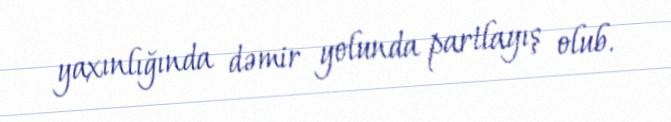
yaxınlığında dəmir yolunda partlayış olub.